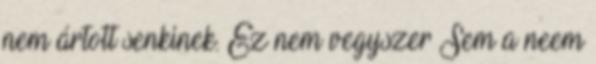
nem ártott senkinek. Ez nem vegyszer Sem a neem